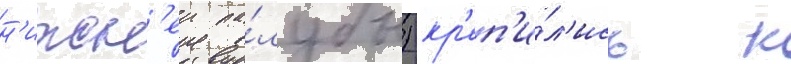
н'ижн'еи па́лубы) кр'еп'и́л'ись к